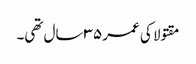
مقتولا کی عمر ٣٥ سال تھی۔